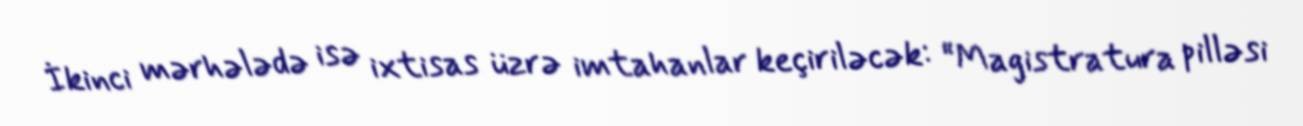
İkinci mərhələdə isə ixtisas üzrə imtahanlar keçiriləcək: “Magistratura pilləsi